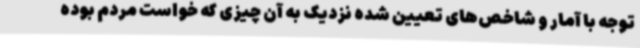
توجه با آمار و شاخص‌های تعیین شده نزدیک به آن چیزی که خواست مردم بوده